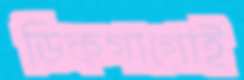
ডিকগাগোই